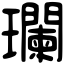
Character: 瓓